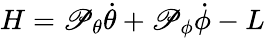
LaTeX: H=\mathscr{P}_{\theta}{\dot{{\theta}}}+\mathscr{P}_{\phi}{\dot{{\phi}}}-L